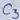
Text: C3